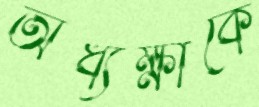
অধ্যক্ষাকে